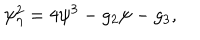
\psi _ { \eta } ^ { 2 } = 4 \psi ^ { 3 } - g _ { 2 } \psi - g _ { 3 } ,